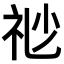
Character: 𥘷